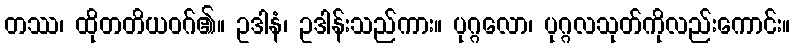
တဿ၊ ထိုတတိယဝဂ်၏။ ဥဒါနံ၊ ဥဒါန်းသည်ကား။ ပုဂ္ဂလော၊ ပုဂ္ဂလသုတ်ကိုလည်းကောင်း။